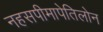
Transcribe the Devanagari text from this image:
नहसपीमापेतिलोन